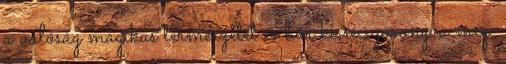
a valóság mágikus természetét és bár kissé szorongva még,